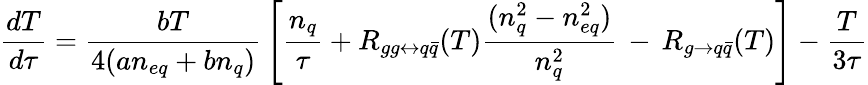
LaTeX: \frac{dT}{d\tau}=\frac{bT}{4(an_{eq}+bn_{q})}\, \left[\frac{n_{q}}{\tau}+R_{gg\leftrightarrow q\bar{q}}(T)\frac{(n_{q}^{2}-n_{eq}^{2})}{n_{q}^{2}}\, -\, R_{g\rightarrow q\bar{q}}(T)\right]-\frac{T}{3\tau}